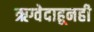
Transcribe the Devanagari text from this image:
ऋग्वेदाहूनही